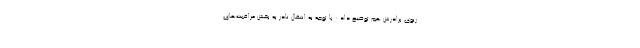
ریوی برادرش هم توضیح داد : با توجه به انتقال نادر به بخش مراقبت‌های